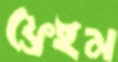
ফ্রেইম